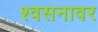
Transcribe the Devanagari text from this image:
श्वसनावर